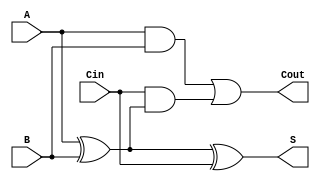
module LowPowerFullAdder (
    input wire A,      // First input bit
    input wire B,      // Second input bit
    input wire Cin,    // Carry input
    output wire S,     // Sum output
    output wire Cout    // Carry output
);

// Internal signals for intermediate calculations
wire AxorB;         // Intermediate signal for A XOR B
wire AandB;         // Intermediate signal for A AND B
wire CinAndAxorB;   // Intermediate signal for Cin AND (A XOR B)

// XOR gate for Sum calculation
assign AxorB = A ^ B;          // A XOR B
assign S = AxorB ^ Cin;        // S = (A XOR B) XOR Cin

// AND gates for Carry-out calculation
assign AandB = A & B;          // A AND B
assign CinAndAxorB = Cin & AxorB; // Cin AND (A XOR B)

// OR gate for Carry-out
assign Cout = AandB | CinAndAxorB; // Cout = (A AND B) OR (Cin AND (A XOR B))

endmodule